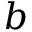
b